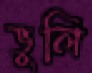
ভুলি